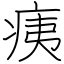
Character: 痍